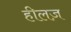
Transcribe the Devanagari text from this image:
हीलज़